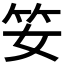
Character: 𥫭